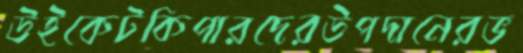
উইকেটকিপারদেরউপদানেরভ